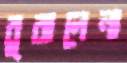
বুঝলেনা